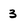
Character: 3